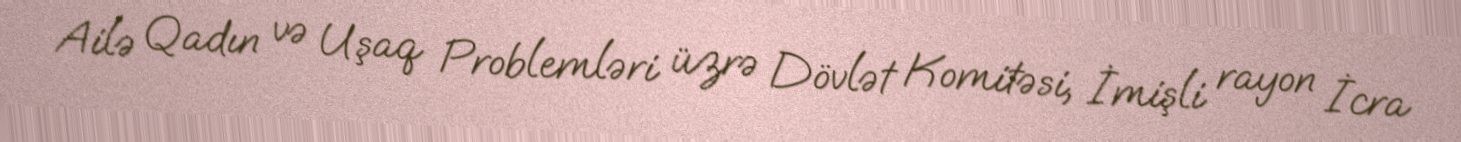
Ailə Qadın və Uşaq Problemləri üzrə Dövlət Komitəsi, İmişli rayon İcra